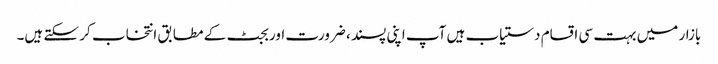
بازار میں بہت سی اقسام دستیاب ہیں آپ اپنی پسند ، ضرورت اور بجٹ کے مطابق انتخاب کر سکتے ہیں۔